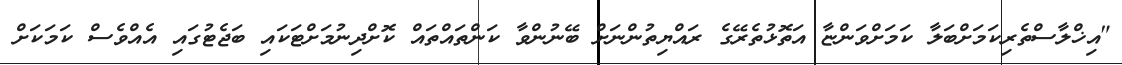
"އިޚްލާސްތެރިކަމަށްބަލާ ކަމަށްވަންޏާ އަތޮޅުތެރޭގެ ރައްޔިތުންނަށް ބޭނުންވާ ކަންތައްތައް ކޮށްދިނުމަށްޓަކައި ބަޖެޓުގައި އެއްވެސް ކަމަކަށް